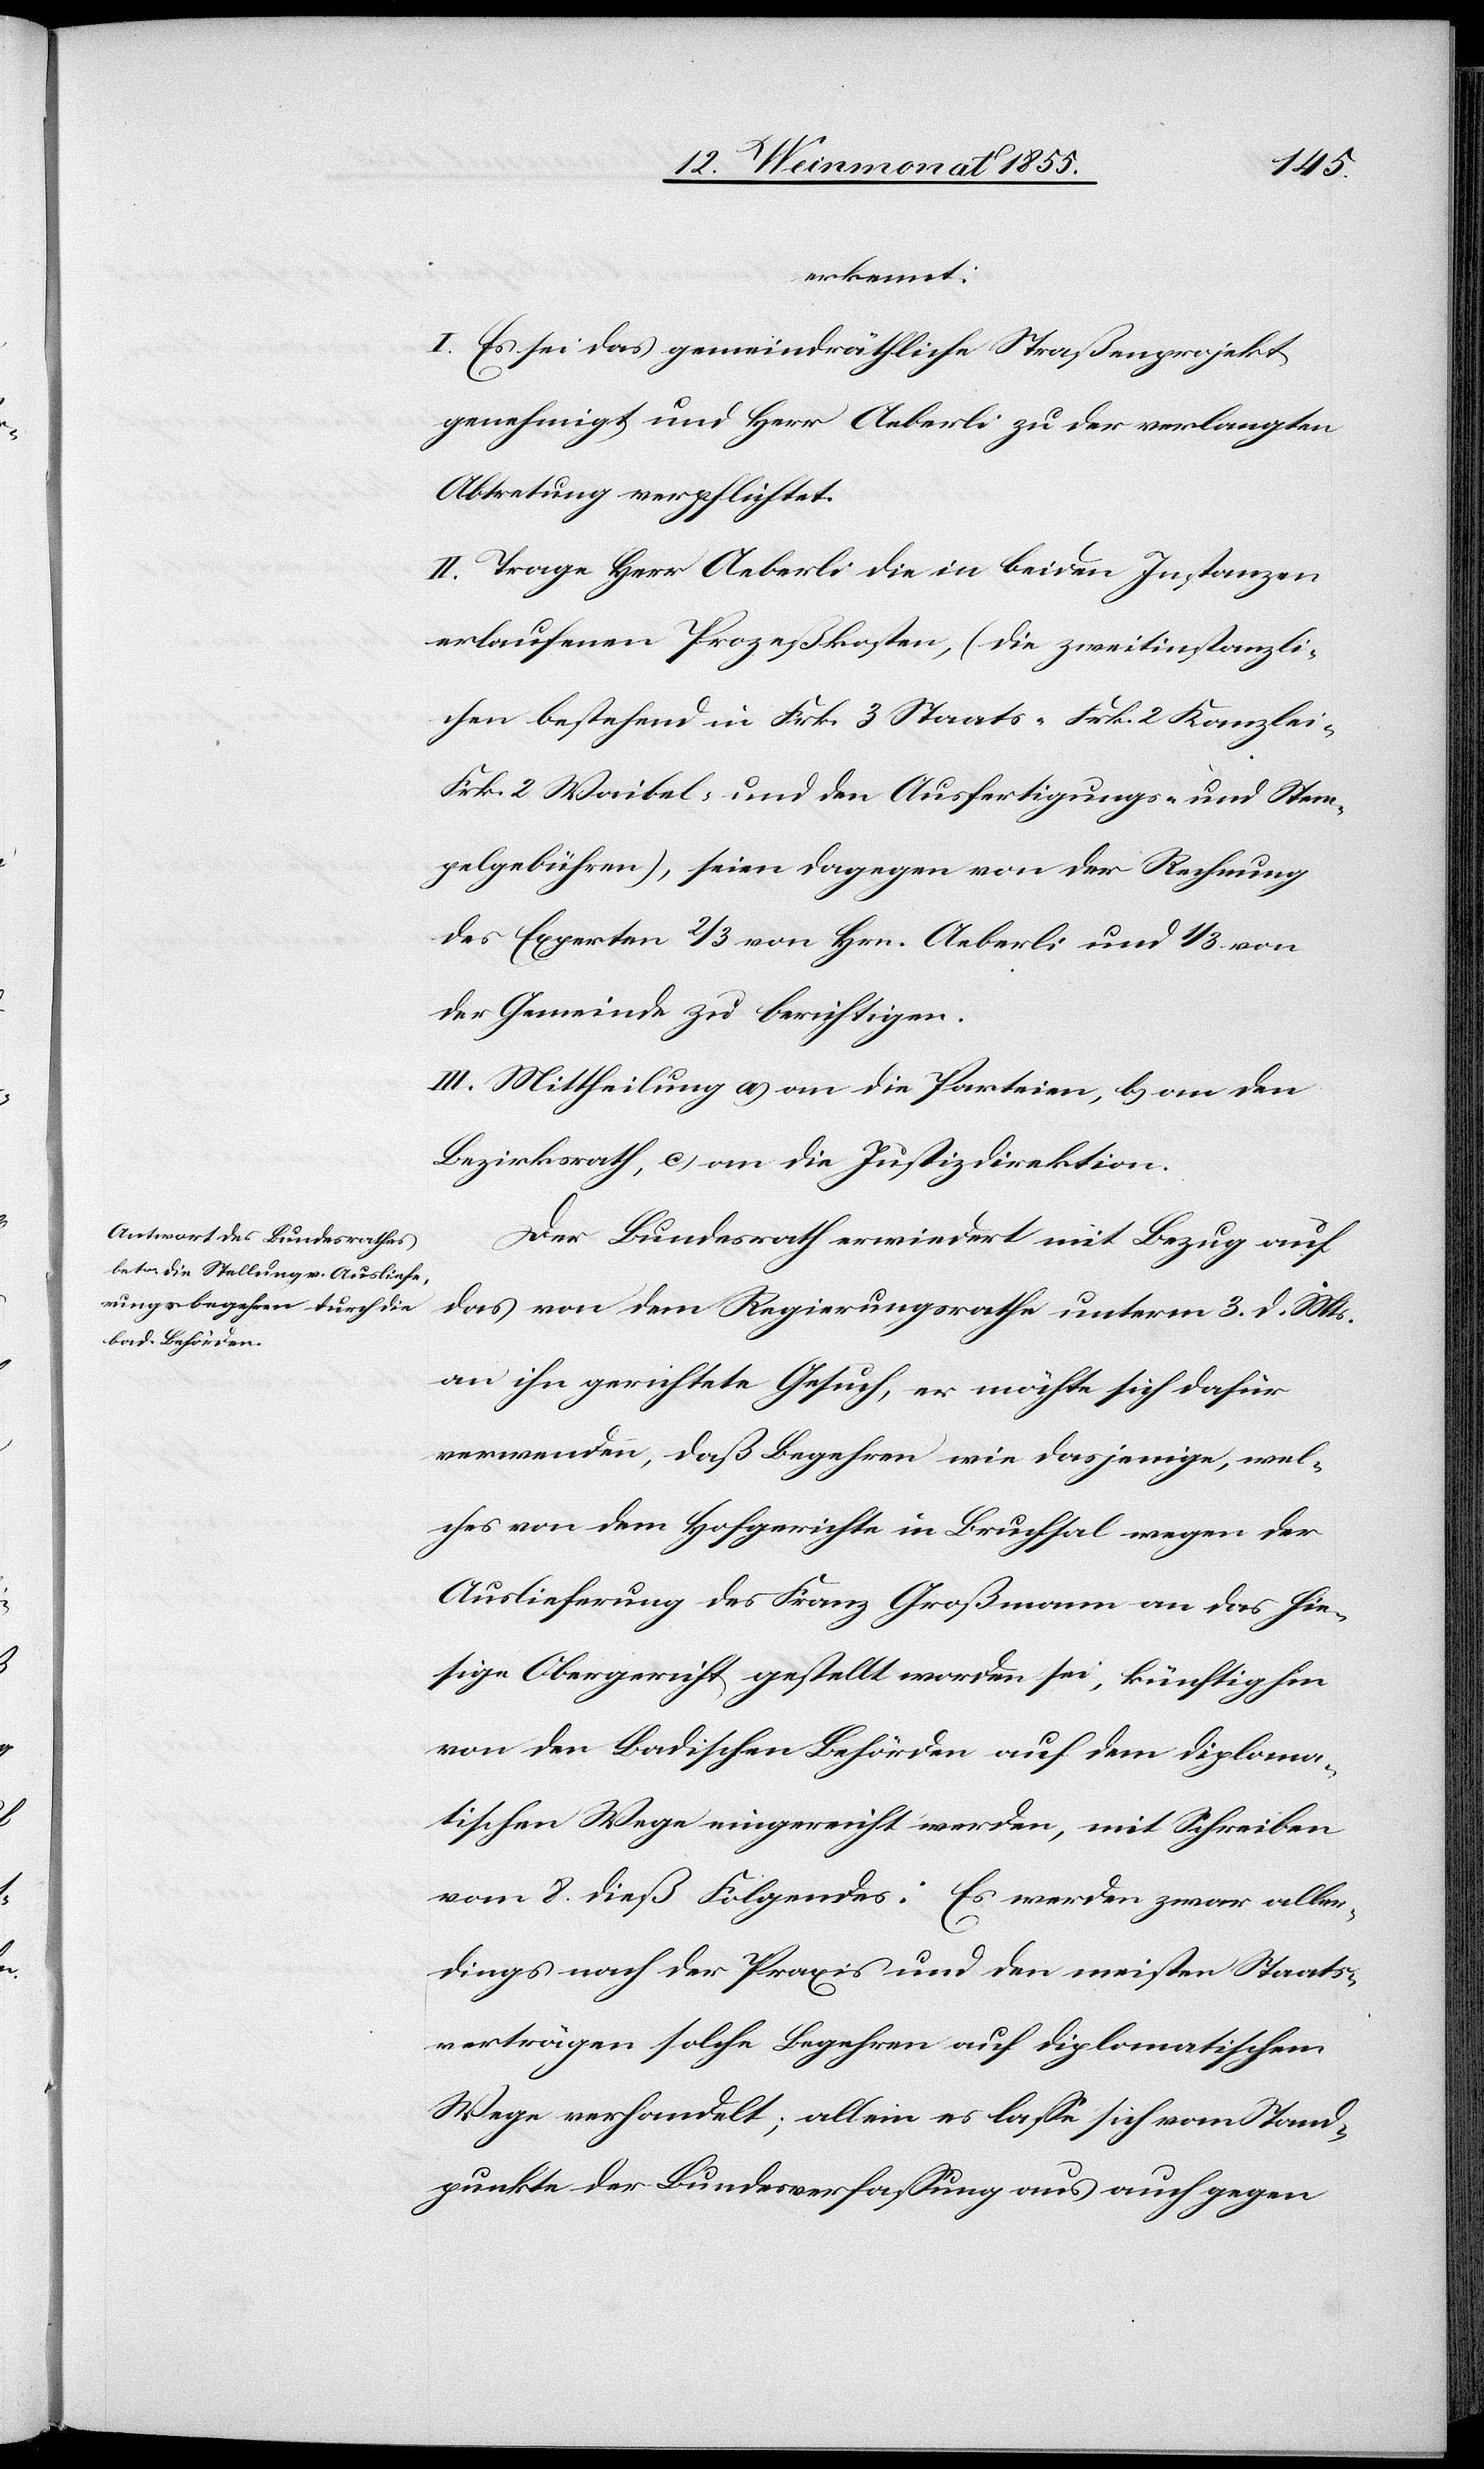
erkennt:
I. Es sei das gemeindräthliche Straßenprojekt
genehmigt und Herr Aeberli zu der verlangten
Abtretung verpflichtet.
II. Trage Herr Aeberli die in beiden Instanzen
erlaufenen Prozeßkosten, (die zweitinstanzli¬
chen bestehend in Frk. 3 Staats-[,] Frk. 2 Kanzlei-[,]
Frk. 2 Waibel- und den Ausfertigungs- und Stem¬
pelgebühren), seien dagegen von der Rechnung
des Experten 2/3 von Hrn. Aeberli und 1/3 von
der Gemeinde zu berichtigen.
III. Mittheilung a) an die Parteien, b) an den
Bezirksrath, c) an die Justizdirektion.
Der Bundesrath erwiedert mit Bezug auf
das von dem Regierungsrathe unterm 3. d. Mts.
an ihn gerichtete Gesuch, er möchte sich dafür
verwenden, daß Begehren wie dasjenige, wel¬
ches von dem Hofgerichte in Bruchsal wegen der
Auslieferung des Franz Großmann an das hie¬
sige Obergericht gestellt worden sei, künftighin
von den Badischen Behörden auf dem diploma¬
tischen Wege eingereicht werden, mit Schreiben
vom 8. dieß Folgendes: Es werden zwar aller¬
dings nach der Praxis und den meisten Staats¬
verträgen solche Begehren auf diplomatischem
Wege verhandelt; allein es lasse sich vom Stand¬
punkte der Bundesverfassung aus auch gegen